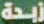
زبحة